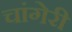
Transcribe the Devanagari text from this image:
चांगेरी